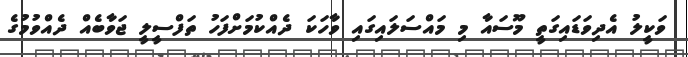
ވަކީލު އެދިވަޑައިގަތީ މޫސައާ މި މައްސަލައިގައި ވާހަކަ ދެއްކުމަށްފަހު ތަފްސީލީ ޖަވާބެއް ދެއްވުމުގެ